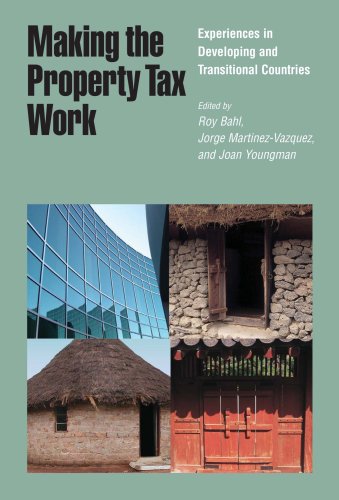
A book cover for Making the Property Tax Work: Experiences in Developing and Transitional Countries; Law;